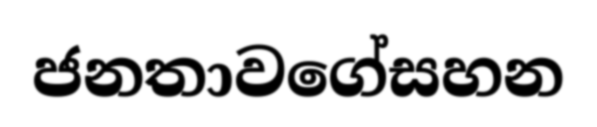
ජනතාවගේසහන